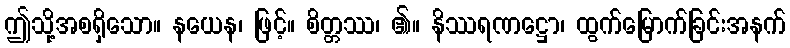
ဤသို့အစရှိသော။ နယေန၊ ဖြင့်။ စိတ္တဿ၊ ၏။ နိဿရဏဋ္ဌော၊ ထွက်မြောက်ခြင်းအနက်